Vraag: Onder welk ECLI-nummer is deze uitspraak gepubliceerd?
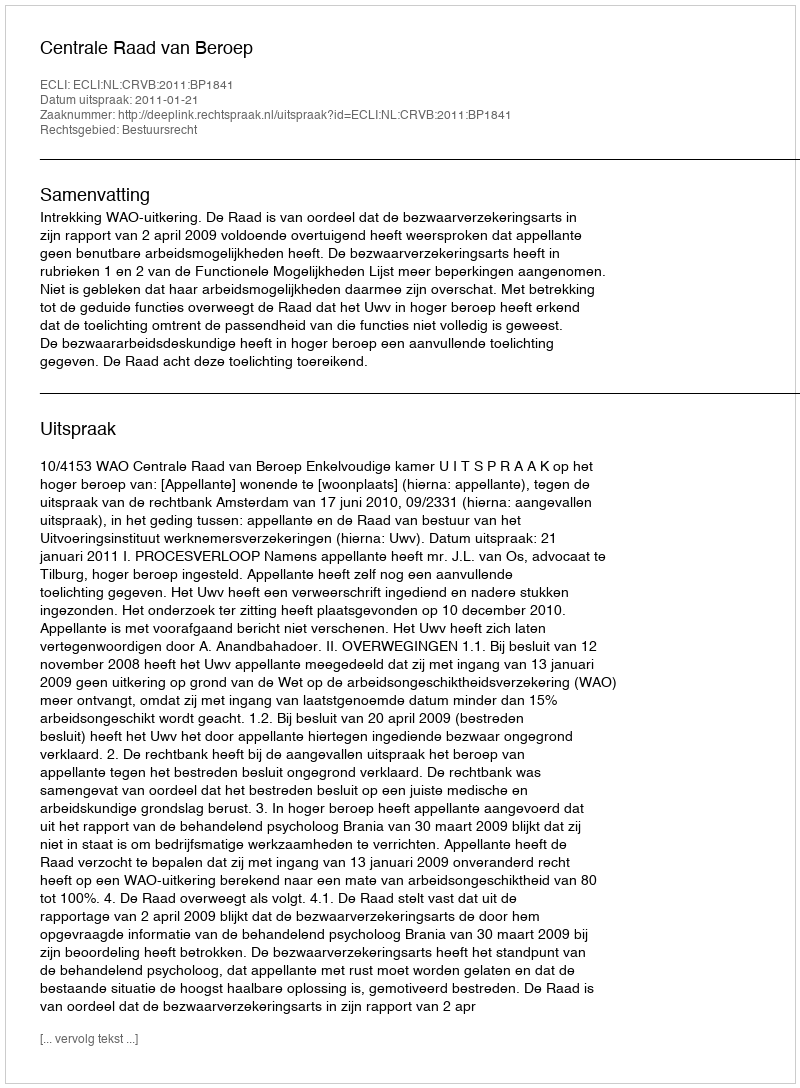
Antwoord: ECLI:NL:CRVB:2011:BP1841